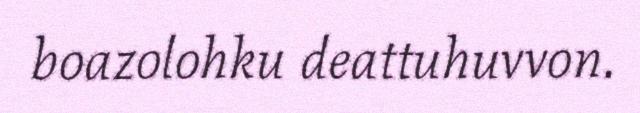
boazolohku deattuhuvvon.